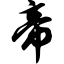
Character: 帝